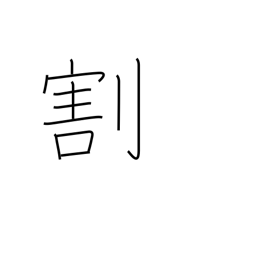
Meaning: separate